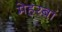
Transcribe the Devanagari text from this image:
मेहरबां